Eesti_Ajutise_Maavalitsuse_haridusosakond, lk 56
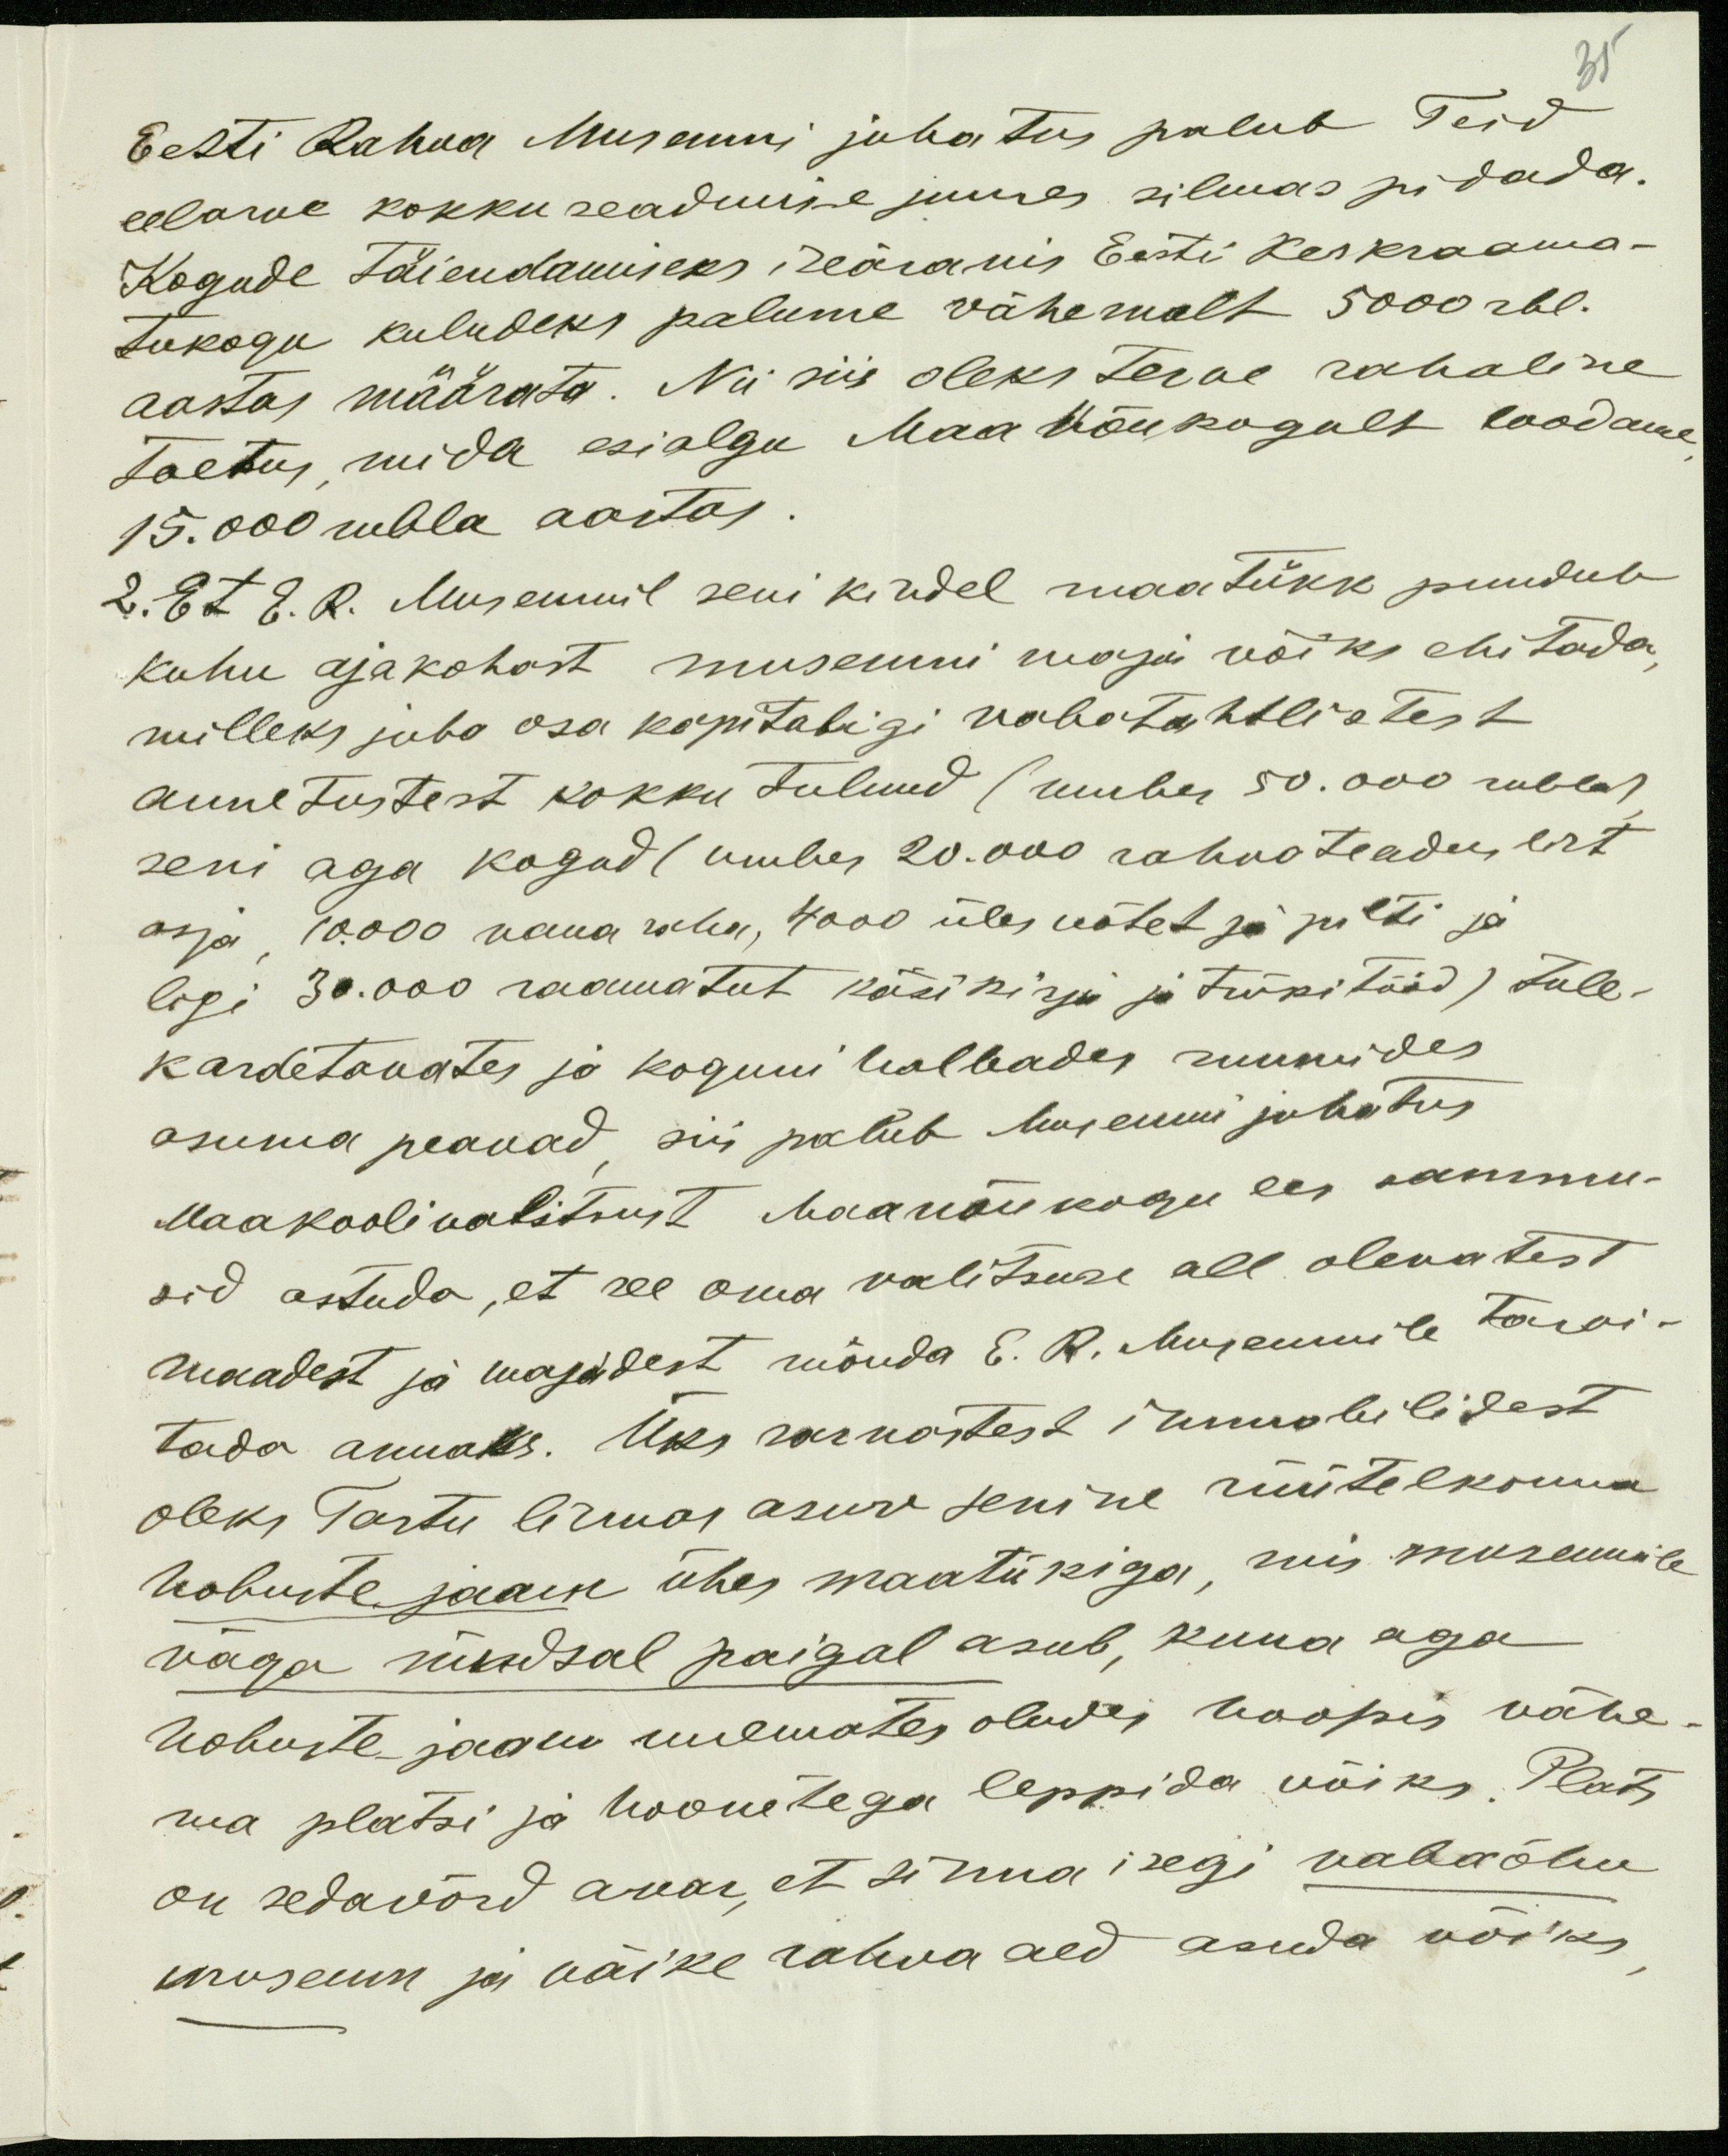
35
Eesti Rahva Museumi juhatus palub Teid
eelarve kokku seadmise juures silmas pidada.
Kogude täiendamiseks iseäranis Eesti Keskraama-
tukogu kuludeks palume vähemalt 5000 rbl.
aastas määrata. Nii siis oleks terve rahaline
toetus, mida esialgu Maa Nõukogult loodame
15.000 rubla aastas.
2. Et E. R. Museumil seni kindel maatükk puudub
kuhu ajakohast museumi maja võiks ehitada
milleks juba osa kapitaligi vabatahtlistest
annetustest kokku tulnud (umbes 50.000 rubla)
seni aga kogud (umbes 20.000 rahvateaduslist
asja 10.000 vana raha, 4000 üles võtet ja pilti ja
ligi 30.000 raamatut käsikirja ja trükitööd) tule-
kardetavates ja koguni halbades ruumides
asuma peavad, siis palub Museumi juhatus
Maakoolivalitsust Maanõukogu ees sammu-
sid astuda, et see oma valitsuse all olewatest
maadest ja majadest mõnda E. R. Museumile tarvi-
tada annaks. Üks sarnastest immobilidest
oleks Tartu linnas asuv senine rüütelkonna
hobuste jaam ühes maatükiga, mis museumile
väga sündsal paigal asub, kuna aga
hobuste jaam uuemates oludes hoopis vähe-
ma platsi ja hoonetega leppida võiks. Plats
on sedavõrd avar, et sinna isegi vabaõhu
museum ja väike rahva aed asuda võiks